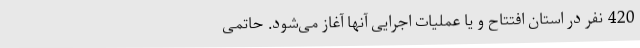
420 نفر در استان افتتاح و یا عملیات اجرایی آنها آغاز می‌شود. حاتمی